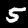
Digit: 5